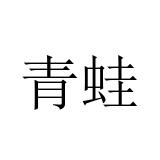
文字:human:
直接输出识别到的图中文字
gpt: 青蛙